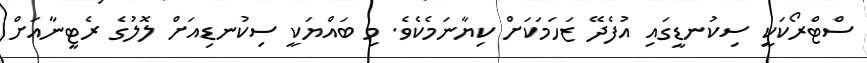
ސްޓްރޯކަކީ ސިކުނޑީގައި އުފެދޭ ޒަހަމަކަށް ކިޔާނަމެކެވެ. މި ބައްޔަކީ ސިކުނޑިއަށް ލޮލުގެ ރެޓީނާއަށް